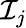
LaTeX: \mathcal{I}_{j}